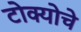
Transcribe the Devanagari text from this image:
टोक्योचे